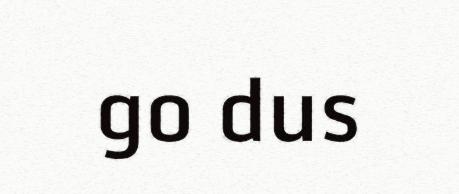
go dus